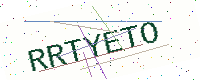
Text: RRTYETO